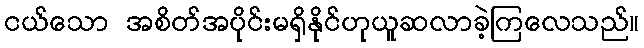
ငယ်သော အစိတ်အပိုင်းမရှိနိုင်ဟုယူဆလာခဲ့ကြလေသည်။